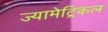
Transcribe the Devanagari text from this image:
ज्यामेट्रिकल